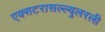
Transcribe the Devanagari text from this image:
एक्सटरासल्ल्युलरली